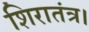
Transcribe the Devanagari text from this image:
शिरातंत्र।